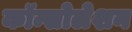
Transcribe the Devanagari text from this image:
कॉन्सोलेशन